Annual administration report of the Civil Veterinary Department of India - 1901-1902
Year: 1901
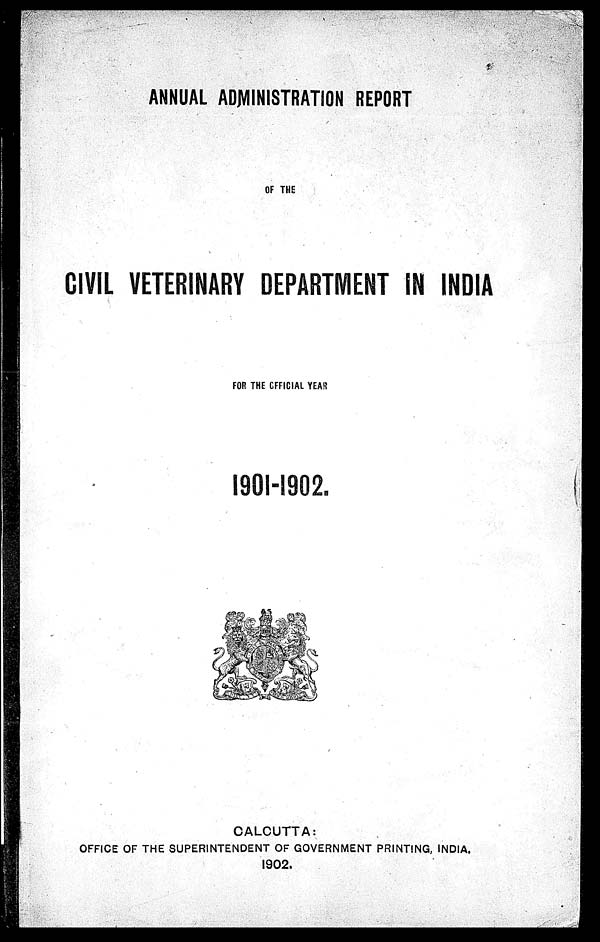
ANNUAL ADMINISTRATION REPORT
OF THE
CIVIL VETERINARY DEPARTMENT IN INDIA
FOR THE OFFICIAL YEAR
1901-1902.
CALCUTTA:
OFFICE OF THE SUPERINTENDENT OF GOVERNMENT PRINTING, INDIA.
1902.